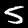
Label: 5